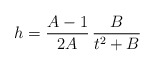
\begin{align*}h=\frac{A-1}{2A}\,\frac{B}{t^2+B}\end{align*}